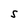
Character: S